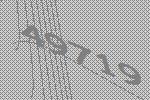
49719